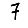
Digit: 7